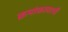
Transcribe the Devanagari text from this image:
क्रमांकावरची